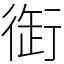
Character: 衘